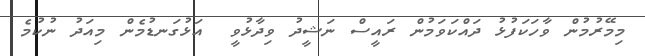
މިމޭރުމުން ވާހަކަފުޅު ދައްކަވަމުން ރައީސް ނަޝީދު ވިދާޅުވީ  އަޅުގަނޑުމެން މިއަދު ނުކުމެ